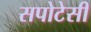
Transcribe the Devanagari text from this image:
सपोटेसी